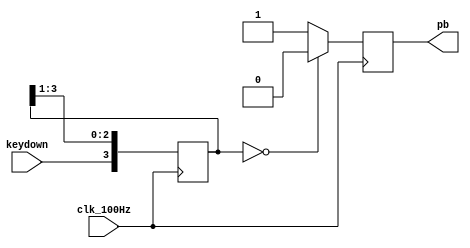
`timescale 1ns / 1ps
//////////////////////////////////////////////////////////////////////////////////
// Company: 
// Engineer: 
// 
// Design Name: 
// Module Name:    debounce 
// Project Name: 
// Target Devices: 
// Tool versions: 
// Description: 
//
// Dependencies: 
//
// Revision: 
// Revision 0.01 - File Created
// Additional Comments: 
//
//////////////////////////////////////////////////////////////////////////////////
module debounce(
	output reg pb, // 
	input keydown, // 
	input clk_100Hz // 100Hz 
	);
	reg [3:0] shift_pb;
	always @( posedge clk_100Hz ) begin
		shift_pb[2:0] <= shift_pb[3:1];
		shift_pb[3] <= keydown;
		if ( shift_pb == 4'b0000 ) pb <= 1'b0;
		else pb <= 1'b1;
	end
endmodule